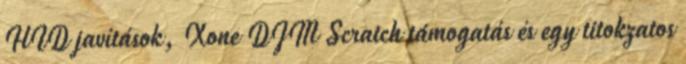
HID javítások, Xone DJM Scratch támogatás és egy titokzatos